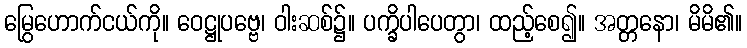
မြွေဟောက်ငယ်ကို။ ဝေဋ္ဌုပဗ္ဗေ၊ ဝါးဆစ်၌။ ပက္ခိပါပေတွာ၊ ထည့်စေ၍။ အတ္တနော၊ မိမိ၏။